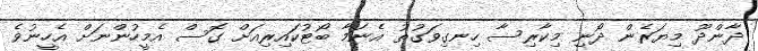
ދާންދޫ މިޔަރެން ދޯނި މިކާރިސާ ހިނގިވަގުތު އެނަމާ ބޯޓުކައިރިއަށް ގޮސް އެމީހުންނަށް އެހީނުވެ